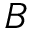
B